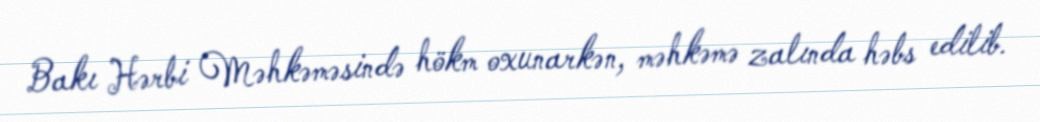
Bakı Hərbi Məhkəməsində hökm oxunarkən, məhkəmə zalında həbs edilib.